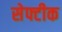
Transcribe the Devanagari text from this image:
सेफ्टीक